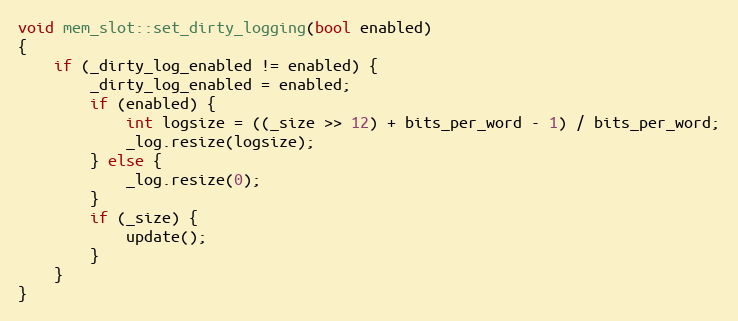
Language: C++
void mem_slot::set_dirty_logging(bool enabled)
{
    if (_dirty_log_enabled != enabled) {
        _dirty_log_enabled = enabled;
        if (enabled) {
            int logsize = ((_size >> 12) + bits_per_word - 1) / bits_per_word;
            _log.resize(logsize);
        } else {
            _log.resize(0);
        }
        if (_size) {
            update();
        }
    }
}